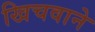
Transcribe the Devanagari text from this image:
खिचवाने